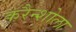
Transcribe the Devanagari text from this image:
करैन्शोला